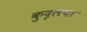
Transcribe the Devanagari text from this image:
कुदृलपा